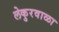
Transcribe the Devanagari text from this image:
लेकुरवाळा